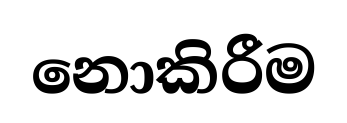
නොකිරීම